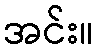
အင်း။